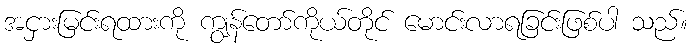
အငှားမြင်းရထားကို ကျွန်တော်ကိုယ်တိုင် မောင်းလာရခြင်းဖြစ်ပါ သည်။